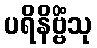
ပရိနိဗ္ဗိံသု